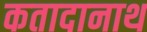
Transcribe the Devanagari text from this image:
कतादानाथ